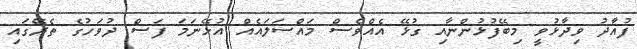
ފުއާދު ވިދާޅުވީ މިބޭފުޅުންނާއި ގުޅޭ އެއްވެސް މައްސަލައެއް އުޅޭނަމަ ފަސް ދުވަހުގެ ތެރޭގައި